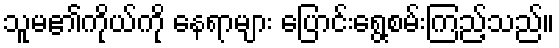
သူမ၏ကိုယ်ကို နေရာများ ပြောင်းရွေ့စမ်းကြည့်သည်။